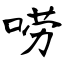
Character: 唠